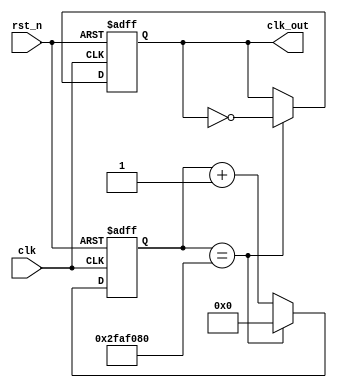
`timescale 1ns / 1ps
//////////////////////////////////////////////////////////////////////////////////
// Company: 
// Engineer: 
// 
// Design Name: 
// Module Name: Frequency_Divider_1Hz
// Project Name: 
// Target Devices: 
// Tool Versions: 
// Description: 
// 
// Dependencies: 
// 
// Revision:
// Revision 0.01 - File Created
// Additional Comments:
// 
//////////////////////////////////////////////////////////////////////////////////


`define FREQ_DIV_BIT 27
module Frequency_Divider_1Hz(
    clk_out,//divided clock output
    clk,// global clock input
    rst_n//active low reset
    );
    output clk_out;//divided output
    input clk;//global clock input
    input rst_n;// active low reset
    
    reg clk_out;//clk output(in always block)
    reg [`FREQ_DIV_BIT-2:0]cnt;
    reg[`FREQ_DIV_BIT-1:0]cnt_tmp;//input to dff(in always block)
    
    //Combinational logics increment, neglecting overflow
    always @*
    begin
        cnt_tmp= {clk_out,cnt}+ 1'b1;
    end
   always @(posedge clk or negedge rst_n)
   begin
        if(~rst_n){clk_out,cnt}<=`FREQ_DIV_BIT'd0;
               else if(cnt == 26'd50000000) 
                begin
                cnt <= 26'd0;
                clk_out <= ~clk_out;
                end
                    else
                    cnt <= cnt_tmp;
   end                               
endmodule